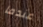
عندما